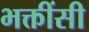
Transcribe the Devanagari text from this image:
भक्तींसी